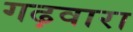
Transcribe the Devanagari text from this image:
गढ़वारा